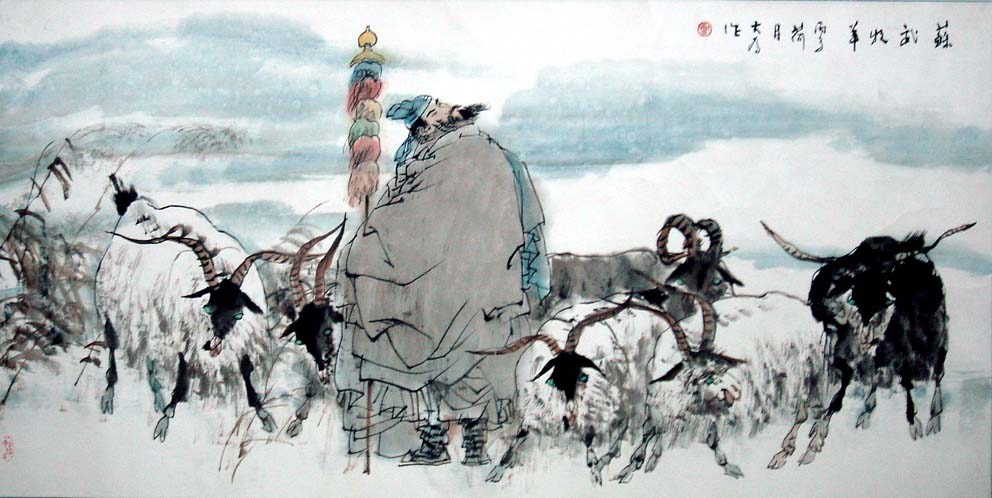
乃幽武置大窖中，绝不饮食。天雨雪。